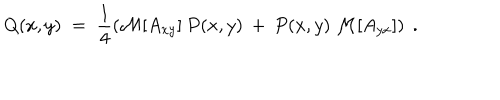
Q ( x , y ) \; = \; \frac { 1 } { 4 } \left( { \cal { M } } [ A _ { x y } ] \: P ( x , y ) \: + \: P ( x , y ) \: { \cal { M } } [ A _ { y x } ] \right) \; .